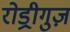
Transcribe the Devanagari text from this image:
रोड्रीगुज़